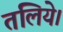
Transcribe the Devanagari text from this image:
तलिये।